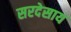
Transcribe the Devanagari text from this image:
सरदेसाय